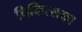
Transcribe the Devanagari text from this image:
चिकित्सका